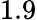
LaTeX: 1.9